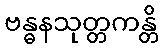
ဗန္ဓနသုတ္တကန္တိ